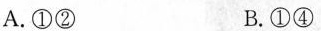
A.①② B.①④